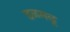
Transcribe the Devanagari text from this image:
डळमळू